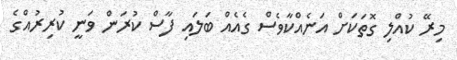
މިރޭ ކުއްލި ގޮތަކަށް އަނެއްކާވެސް ގެއެއް ބަލައި ފާސް ކުރަން ވަނީ ކުރިރުއްގެ